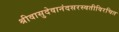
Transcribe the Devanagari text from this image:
श्रीवासुदेवानंदसरस्वतीविरचित